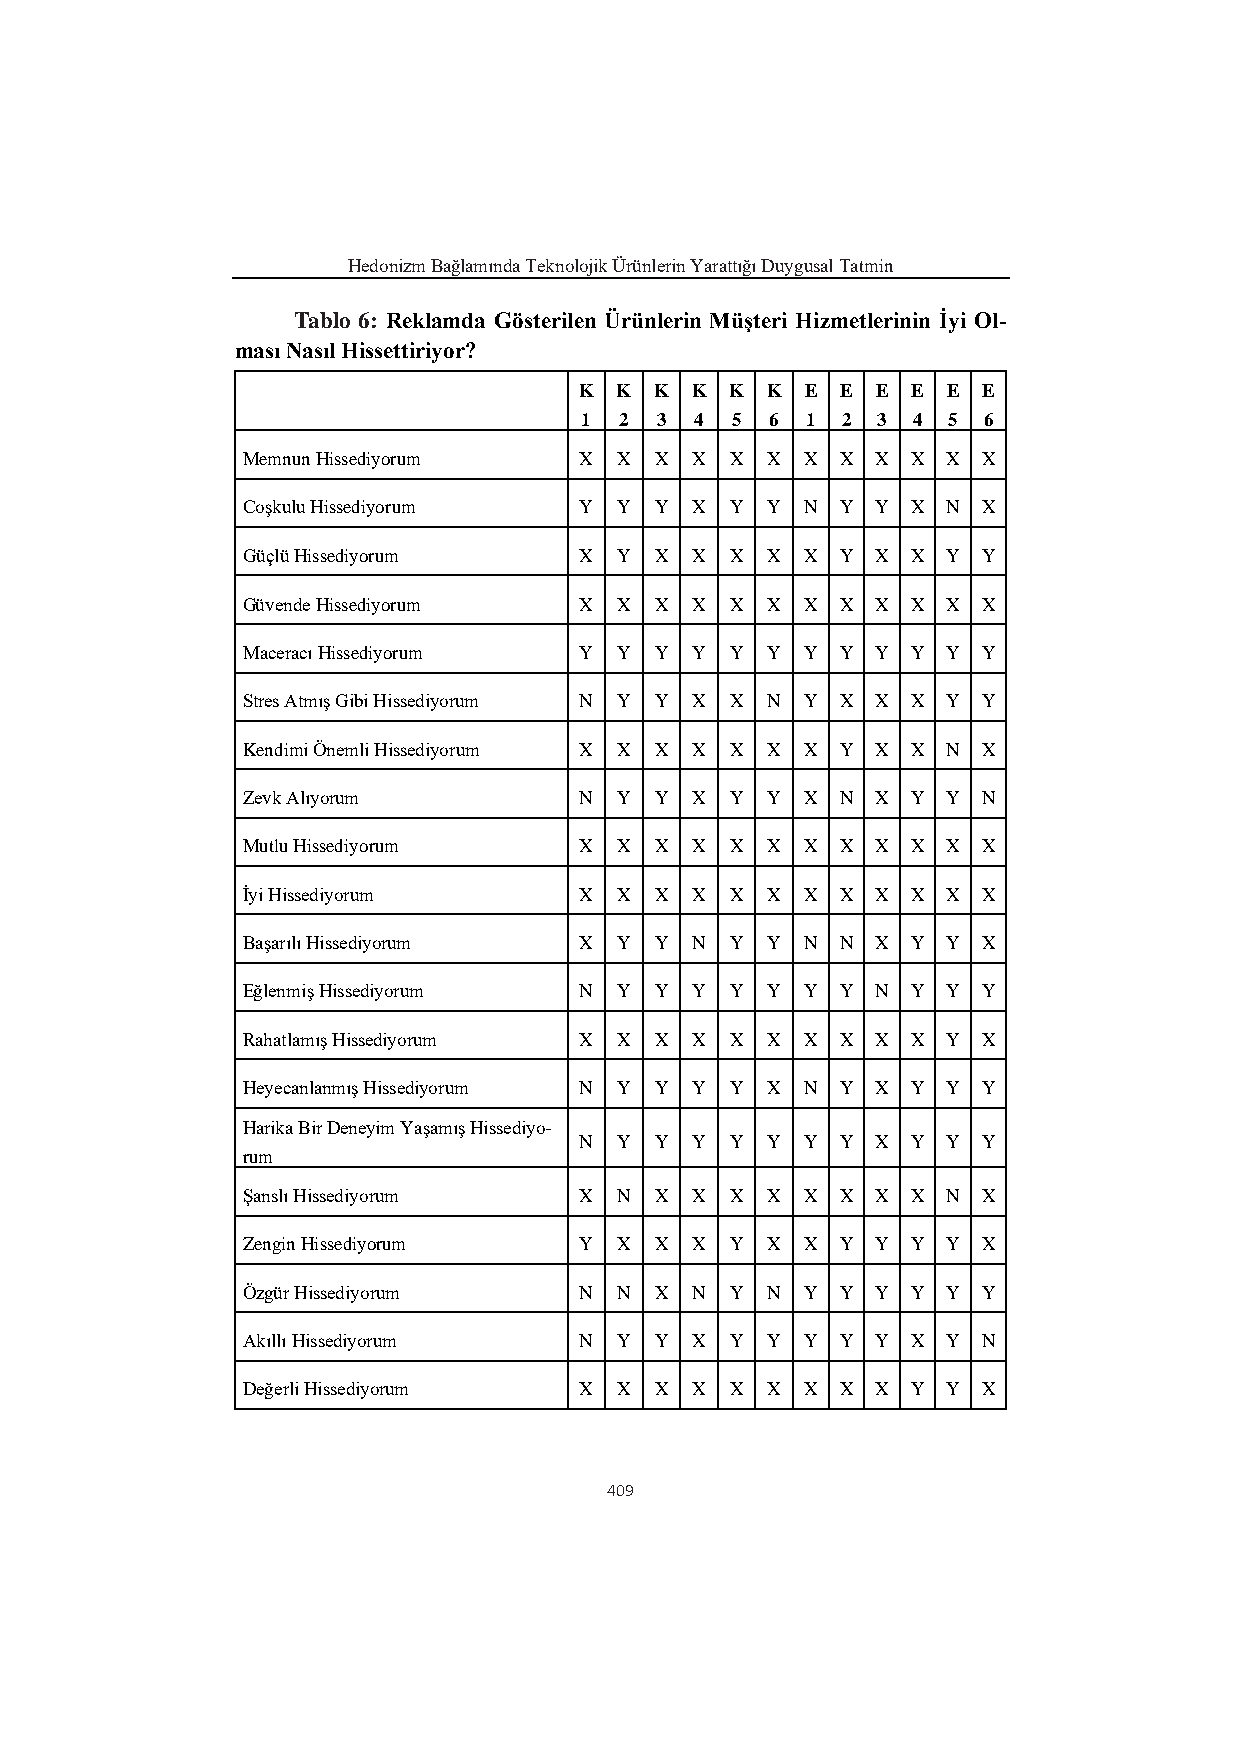
Hedonizm Bağlamında Teknolojik Ürünlerin Yarattığı Duygusal Tatmin
 Tablo 6: Reklamda Gösterilen Ürünlerin Müşteri Hizmetlerinin İyi Ol-
 ması Nasıl Hissettiriyor?
 K  K K  K K  K E  E E E  E E
 1  2 3  4 5  6 1  2 3 4  5 6
 Memnun Hissediyorum   X  X X  X X  X X  X X X  X X
 Coşkulu Hissediyorum  Y  Y Y  X Y  Y N  Y Y X  N X
 Güçlü Hissediyorum    X  Y X  X X  X X  Y X X  Y Y
 Güvende Hissediyorum  X  X X  X X  X X  X X X  X X
 Maceracı Hissediyorum Y  Y Y  Y Y  Y Y  Y Y Y  Y Y
 Stres Atmış Gibi Hissediyorum N Y Y X X N Y X X X Y Y
 Kendimi Önemli Hissediyorum X X X X X X X Y X X N X
 Zevk Alıyorum         N  Y Y  X Y  Y X  N X Y  Y N
 Mutlu Hissediyorum    X  X X  X X  X X  X X X  X X
 İyi Hissediyorum      X  X X  X X  X X  X X X  X X
 Başarılı Hissediyorum X  Y Y  N Y  Y N  N X Y  Y X
 Eğlenmiş Hissediyorum N  Y Y  Y Y  Y Y  Y N Y  Y Y
 Rahatlamış Hissediyorum X X X X X  X X  X X X  Y X
 Heyecanlanmış Hissediyorum N Y Y Y Y X N Y X Y Y Y
 Harika Bir Deneyim Yaşamış Hissediyo-
 N  Y Y  Y Y  Y Y  Y X Y  Y Y
 rum
 Şanslı Hissediyorum   X  N X  X X  X X  X X X  N X
 Zengin Hissediyorum   Y  X X  X Y  X X  Y Y Y  Y X
 Özgür Hissediyorum    N  N X  N Y  N Y  Y Y Y  Y Y
 Akıllı Hissediyorum   N  Y Y  X Y  Y Y  Y Y X  Y N
 Değerli Hissediyorum  X  X X  X X  X X  X X Y  Y X
 409